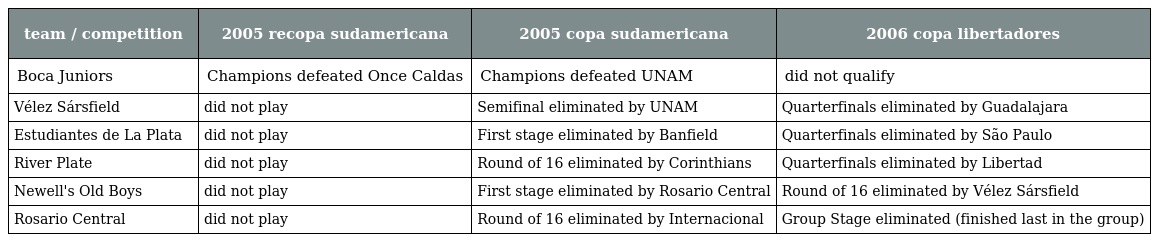
| team / competition | 2005 recopa sudamericana | 2005 copa sudamericana | 2006 copa libertadores |
 | --- | --- | --- | --- |
 | Boca Juniors | Champions defeated Once Caldas | Champions defeated UNAM | did not qualify |
 | Vélez Sársfield | did not play | Semifinal eliminated by UNAM | Quarterfinals eliminated by Guadalajara |
 | Estudiantes de La Plata | did not play | First stage eliminated by Banfield | Quarterfinals eliminated by São Paulo |
 | River Plate | did not play | Round of 16 eliminated by Corinthians | Quarterfinals eliminated by Libertad |
 | Newell's Old Boys | did not play | First stage eliminated by Rosario Central | Round of 16 eliminated by Vélez Sársfield |
 | Rosario Central | did not play | Round of 16 eliminated by Internacional | Group Stage eliminated (finished last in the group) |